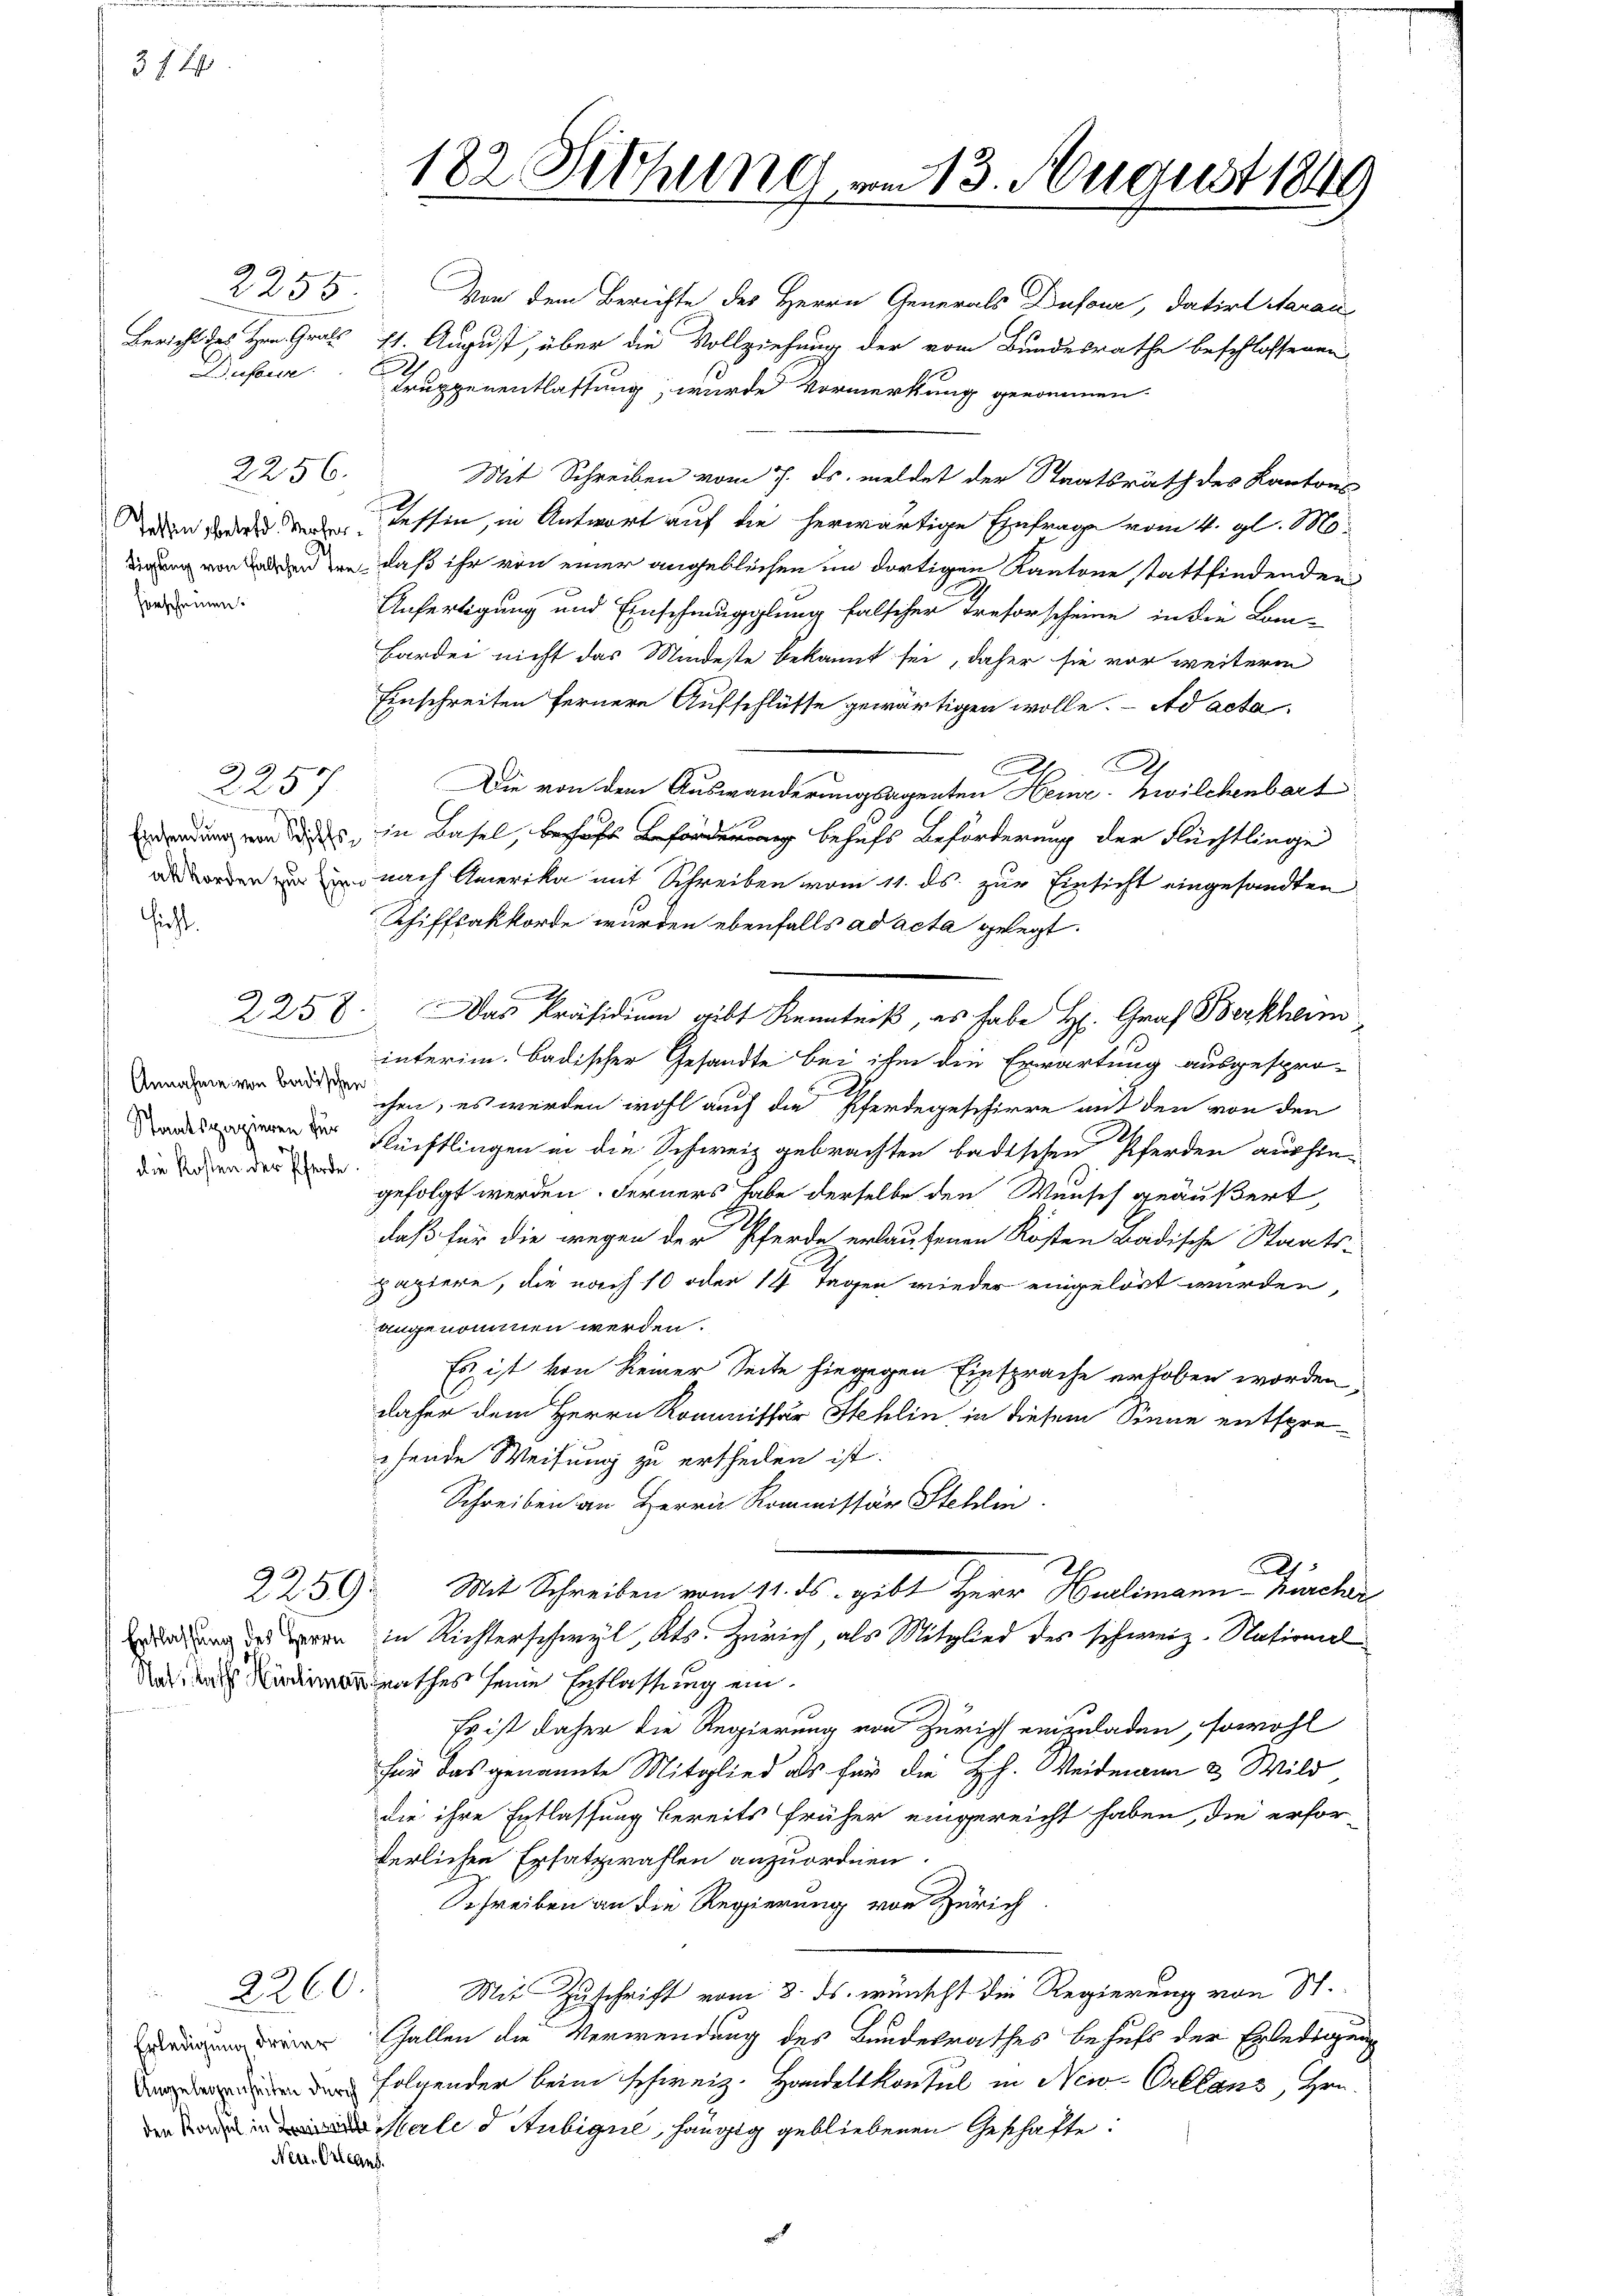
Bufeuer

374

2256.
Tassen betr. Verher¬
N
horscheinen.

sicht.

2257

Annahme von badischen
die Kosten der Pferde.

2255. Von dem Berichte des Herrn Generals Dufour, datirt darau
Bericht des Hrn. Grats 11. August, über die Vollziehung der vom Bundesrathe beschlossenen
1
Trupperentlastung, wurde Vormerkung genommen
Mit Schreiben vom 7. ds. meldet der Staatsrath des Kantons
Tessin, in Antwort auf die herwärtige Einfrage vom 4. gl. M.
digung von den den, daß ihr von einer angeblichen im dortigen Kantone stattfindenden
Anfertigung und Einschmugglung falscher Treforscheine in die Lom-
Harden nicht das Mindeste bekannt sei, daher sie vor weiterm
Einschreiten fernere Aufschlüsse gewärtigen wolle. Ad acta
.
C
Die von dem Auswanderungsagenten Heine-Zwilchenbart
radung von des in Basel, behaft Beförderung behufs Beförderung der Flüchtlinge
as worden in und nach Amerika mit Schreiben vom 11. ds. zur Einsicht eingesandten
Schiffsakkorde wurden ebenfalls ad acta gelegt.
2258. Das Präsidium gibt Kenntniß, es habe H. Graf Berkham
interim. Badischer Gesandte bei ihm die Erwartung ausgespro-
chen, es werden wohl auch die Pferdegeschirre auf den von den
e Rechtlingen in die Schweiz gebrachten badischen Pferden aushingefolgt werden. Ferners habe derselbe den Wunsch geäußert,
daß für die wegen der Pferde erlaufenen Kosten Badische Staats-
papiere, die nach 10 oder 14 Tagen wieder eingelöst wurden,
angenommen werden.
Es ist von keiner Seite hingegen Einsprache erhoben worden,
daher dem Herrn Kommissar Stehlin, in diesem Sinne entspreehende Weisung zu ertheilen ist.
Schreiben an Herrn Kommissär Stehli
2
2259. Mit Schreiben vom 11. ds. gibt Herr Hürlimann - Nachar
rdung des von in Richterschwyl, Kts. Zürich, als Mitglied des schweiz. National
Nat, das Nordmarrathes seine Entlassung ein¬
Es ist daher die Regierung von Zürich einzuladen, sowohl
für das genannte Mitglied als für die HH. Weidmann & Wild
die ihre Entlassung bereits früher eingereicht haben, die erfor-
derlichen Ersatzwahlen anzuordnen.
Schreiben an die Regierung von Zürich
2260.
Mit Zuschrift vom 3. ds. wünscht die Regierung von St.
 allen die Verwendung des Bundesrathes behufs der Erledigung
Folgender beim schweiz. Handelskonsul in New-Orleans, Hrn.
Male d Rubigne, hängig gebliebenen Geschäfte
Neu-Orleans.

182 Sitzung vom 13. August 1849